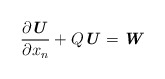
\begin{align*} \frac{\partial \textbf{\textit{U}}}{\partial x_n} + Q\textbf{\textit{U}}=\textbf{\textit{W}} \end{align*}